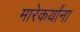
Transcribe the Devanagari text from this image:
मारेकर्यांना